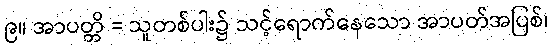
၉။ အာပတ္တိ = သူတစ်ပါး၌ သင့်ရောက်နေသော အာပတ်အပြစ်၊